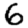
Digit: 6